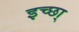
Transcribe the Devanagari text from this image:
इच्छा्